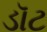
ડૉટ